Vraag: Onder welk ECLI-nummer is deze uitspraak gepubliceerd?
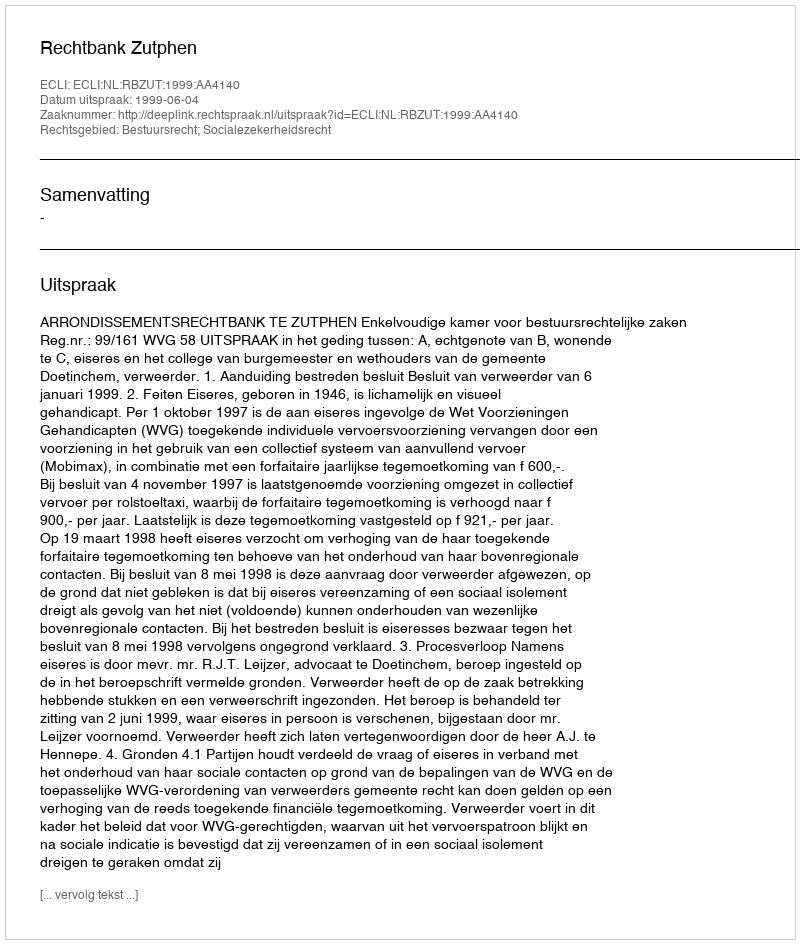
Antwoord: ECLI:NL:RBZUT:1999:AA4140